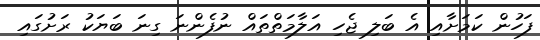
ފަހުން ކަމަށާއި އެ ބަލި ޖެހި އަލާމަތްތައް ނުފެންނަ ގިނަ ބަޔަކު ރަށުގައި